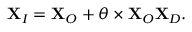
\mathbf { X } _ { I } = \mathbf { X } _ { O } + \theta \times \mathbf { X } _ { O } \mathbf { X } _ { D } .